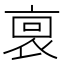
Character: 𧙪